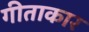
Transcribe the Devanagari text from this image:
गीताकार